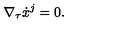
\nabla _ { \tau } \dot { x } ^ { j } = 0 .